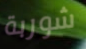
شوربة